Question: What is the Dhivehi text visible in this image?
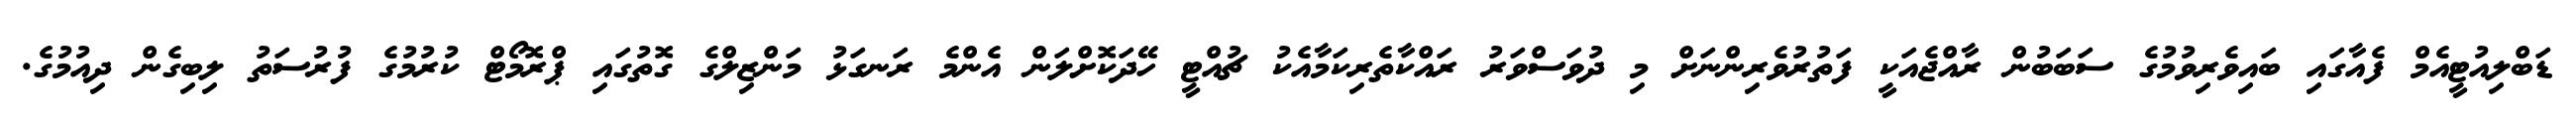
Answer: ޑަބްލިއުޓީއެމް ފެއާގައި ބައިވެރިވުމުގެ ސަބަބުން ރާއްޖެއަކީ ފަތުރުވެރިންނަށް މި ދުވަސްވަރު ރައްކާތެރިކަމާއެކު ޗުއްޓީ ހޭދަކޮށްލަން އެންމެ ރަނގަޅު މަންޒިލްގެ ގޮތުގައި ޕްރޮމޯޓް ކުރުމުގެ ފުރުސަތު ލިބިގެން ދިއުމުގެ.